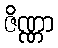
ဇိဏ္ဏာ